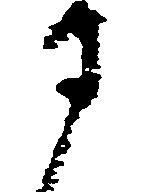
す